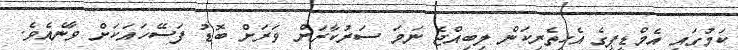
ކަމުގައި އެމްޑީޕީގެ އެހީތެރިކަން ލިބިއްޖެ ނަމަ ސަރުކާރަށް ވަރަށް ބޮޑު ފަސޭހައަކަށް ވާނެއެވެ.